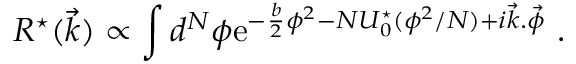
R ^ { \star } ( \vec { k } ) \propto \int d ^ { N } \phi \mathrm { e } ^ { - { \frac { b } { 2 } } \phi ^ { 2 } - N U _ { 0 } ^ { \star } ( \phi ^ { 2 } / N ) + i \vec { k } . \vec { \phi } } \ .